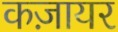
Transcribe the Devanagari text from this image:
कज़ायर